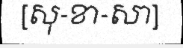
[សុ-ខា-សា]